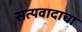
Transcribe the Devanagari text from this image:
सत्यवादाचा